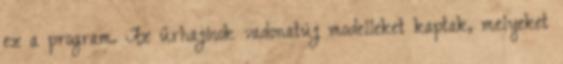
ez a program. Az űrhajósok vadonatúj modelleket kaptak, melyeket